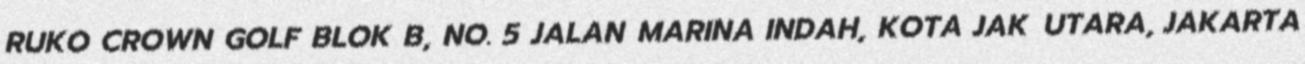
RUKO CROWN GOLF BLOK B, NO. 5 JALAN MARINA INDAH, KOTA JAK UTARA, JAKARTA